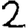
Digit: 2